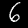
Digit: 6